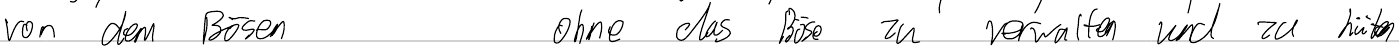
von dem Bösen    ohne das Böse zu verwalten und zu hüten